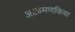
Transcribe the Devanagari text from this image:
आक्रमणकिया